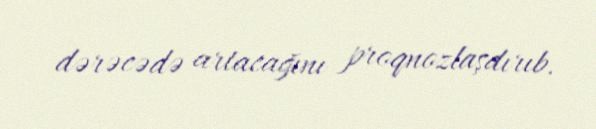
dərəcədə artacağını proqnozlaşdırıb.